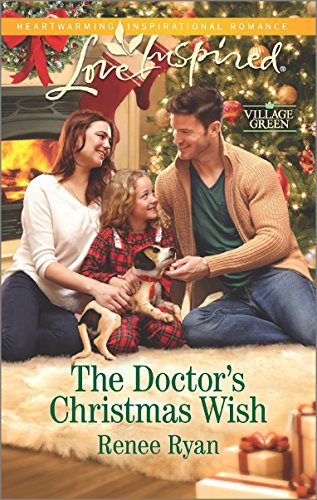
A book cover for The Doctor's Christmas Wish (Village Green); Renee Ryan; Romance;